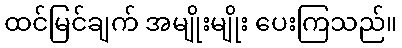
ထင်မြင်ချက် အမျိုးမျိုး ပေးကြသည်။